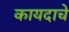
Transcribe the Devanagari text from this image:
कायदाचे